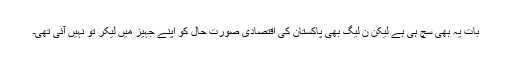
بات یہ بھی سچ ہی ہے لیکن ن لیگ بھی پاکستان کی اقتصادی صورت حال کو اپنے جہیز میں لیکر تو نہیں آئی تھی۔